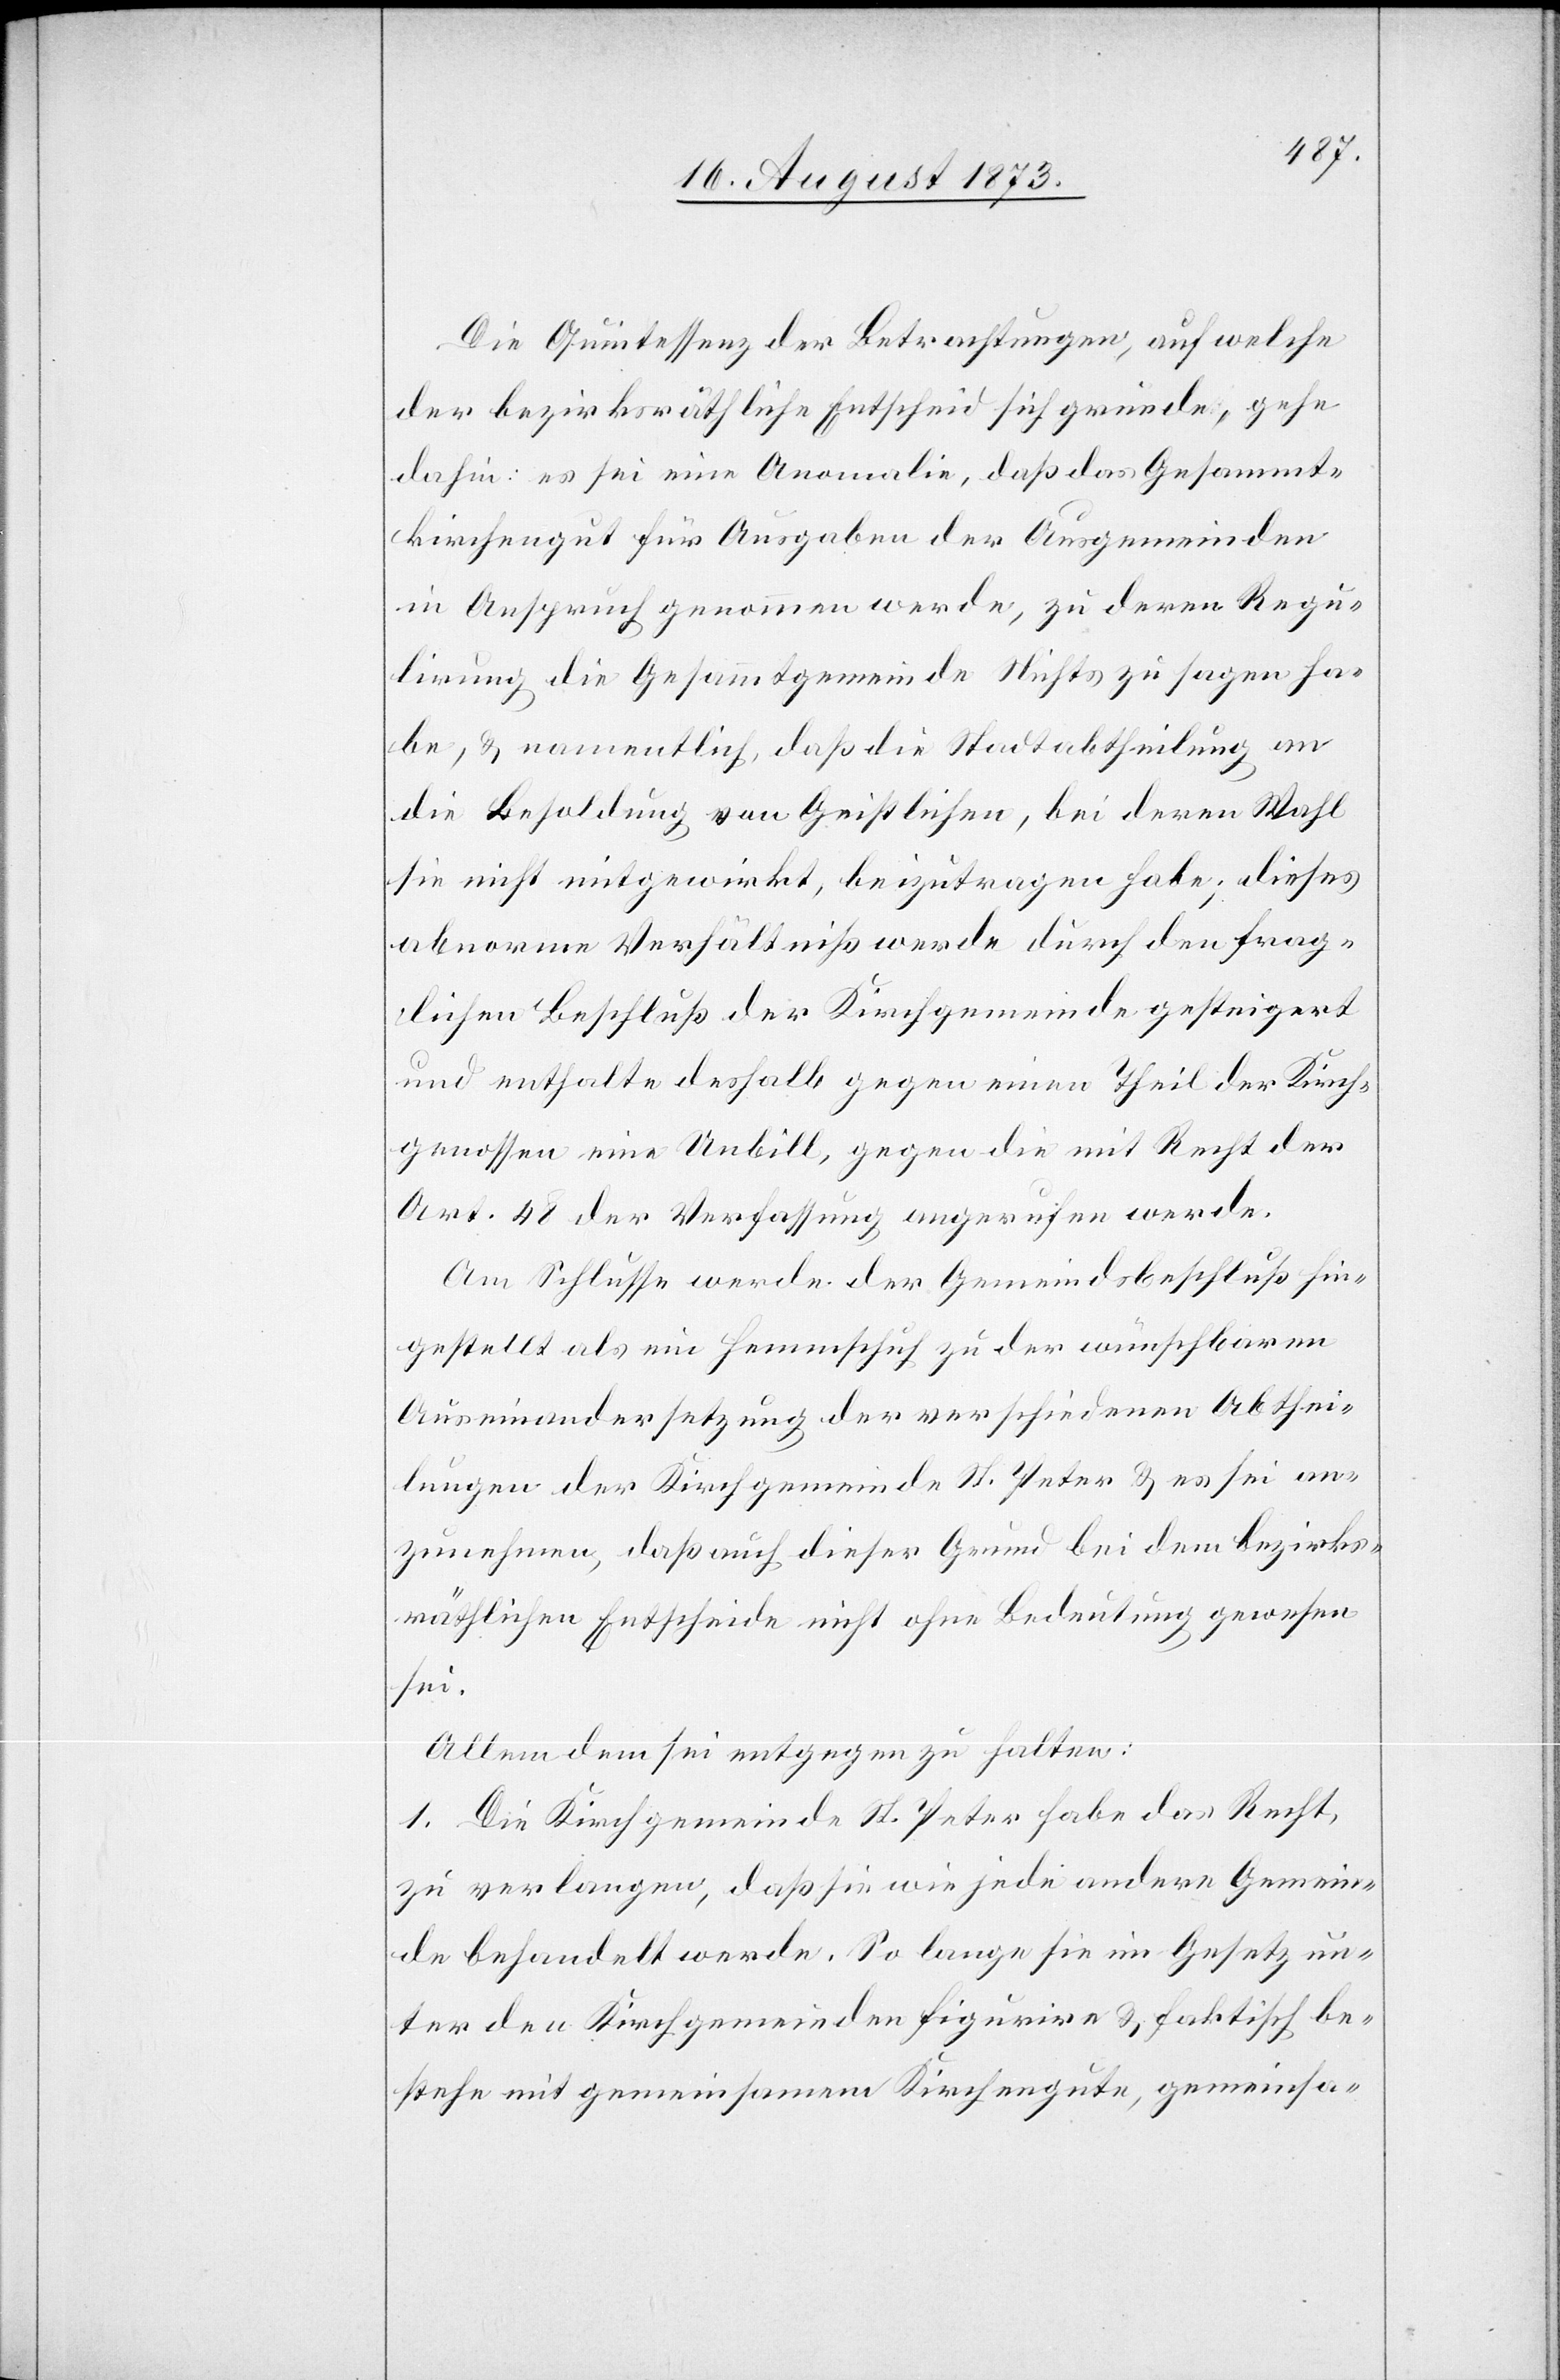
Die Quintessenz der Betrachtungen, auf welche
der bezirksräthliche Entscheid sich gründe, gehe
dahin: es sei eine Anomalie, daß das Gesammt¬
kirchengut für Ausgaben der Ausgemeinden
in Anspruch genommen werde, zu deren Regu¬
lirung die Gesammtgemeinde Nichts zu sagen ha¬
be, & namentlich, daß die Stadtabtheilung an
die Besoldung von Geistlichen, bei deren Wahl
sie nicht mitgewirkt, beizutragen habe; dieses
abnorme Verhältniß werde durch den frag¬
lichen Beschluß der Kirchgemeinde gesteigert
und enthalte deshalb gegen einen Theil der Kirch¬
genossen eine Unbill, gegen die mit Recht der
Art. 48 der Verfassung angerufen werde.
Am Schlusse werde der Gemeindsbeschluß hin¬
gestellt als ein Hemmschuh zu der wünschbaren
Auseinandersetzung der verschiedenen Abthei¬
lungen der Kirchgemeinde St. Peter & es sei an¬
zunehmen, daß auch dieser Grund bei dem bezirks¬
räthlichen Entscheide nicht ohne Bedeutung gewesen
sei.
Allem dem sei entgegen zu halten:
1. Die Kirchgemeinde St. Peter habe das Recht,
zu verlangen, daß sie wie jede andere Gemein¬
de behandelt werde. So lange sie im Gesetz un¬
ter den Kirchgemeinden figurire & faktisch be¬
stehe mit gemeinsamem Kirchengute, gemeinsa-